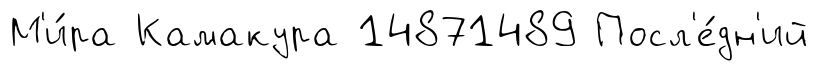
М'и́ра Камакура 14871489 Посл'е́дн'ий